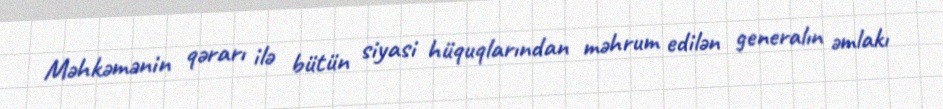
Məhkəmənin qərarı ilə bütün siyasi hüquqlarından məhrum edilən generalın əmlakı